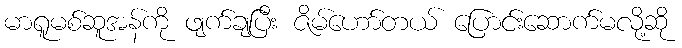
မာရူမစ်ဆူအန်ကို ဖျက်ချပြီး ဇိမ်ဟော်တယ် ပြောင်းဆောက်မလို့ဆို